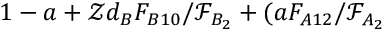
1 - a + \mathcal { Z } d _ { B } F _ { B 1 0 } / \mathcal { F } _ { B _ { 2 } } + ( a F _ { A 1 2 } / \mathcal { F } _ { A _ { 2 } }